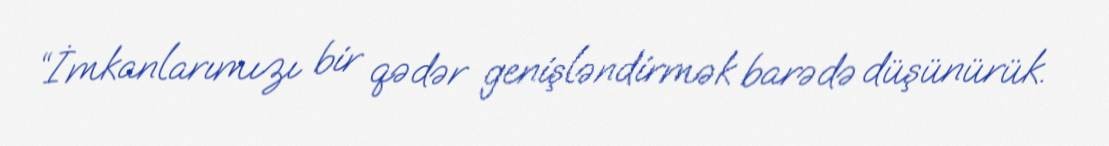
“İmkanlarımızı bir qədər genişləndirmək barədə düşünürük.